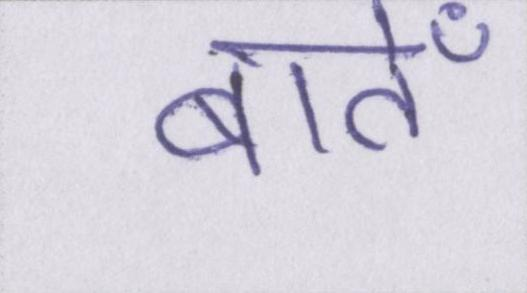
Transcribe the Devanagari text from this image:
बातेँ